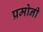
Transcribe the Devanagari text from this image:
प्रमोनी